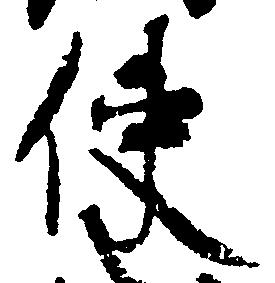
使